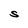
Character: S